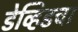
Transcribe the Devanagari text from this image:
डेव्हिडचा